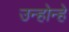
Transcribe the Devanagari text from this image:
उन्होन्हे